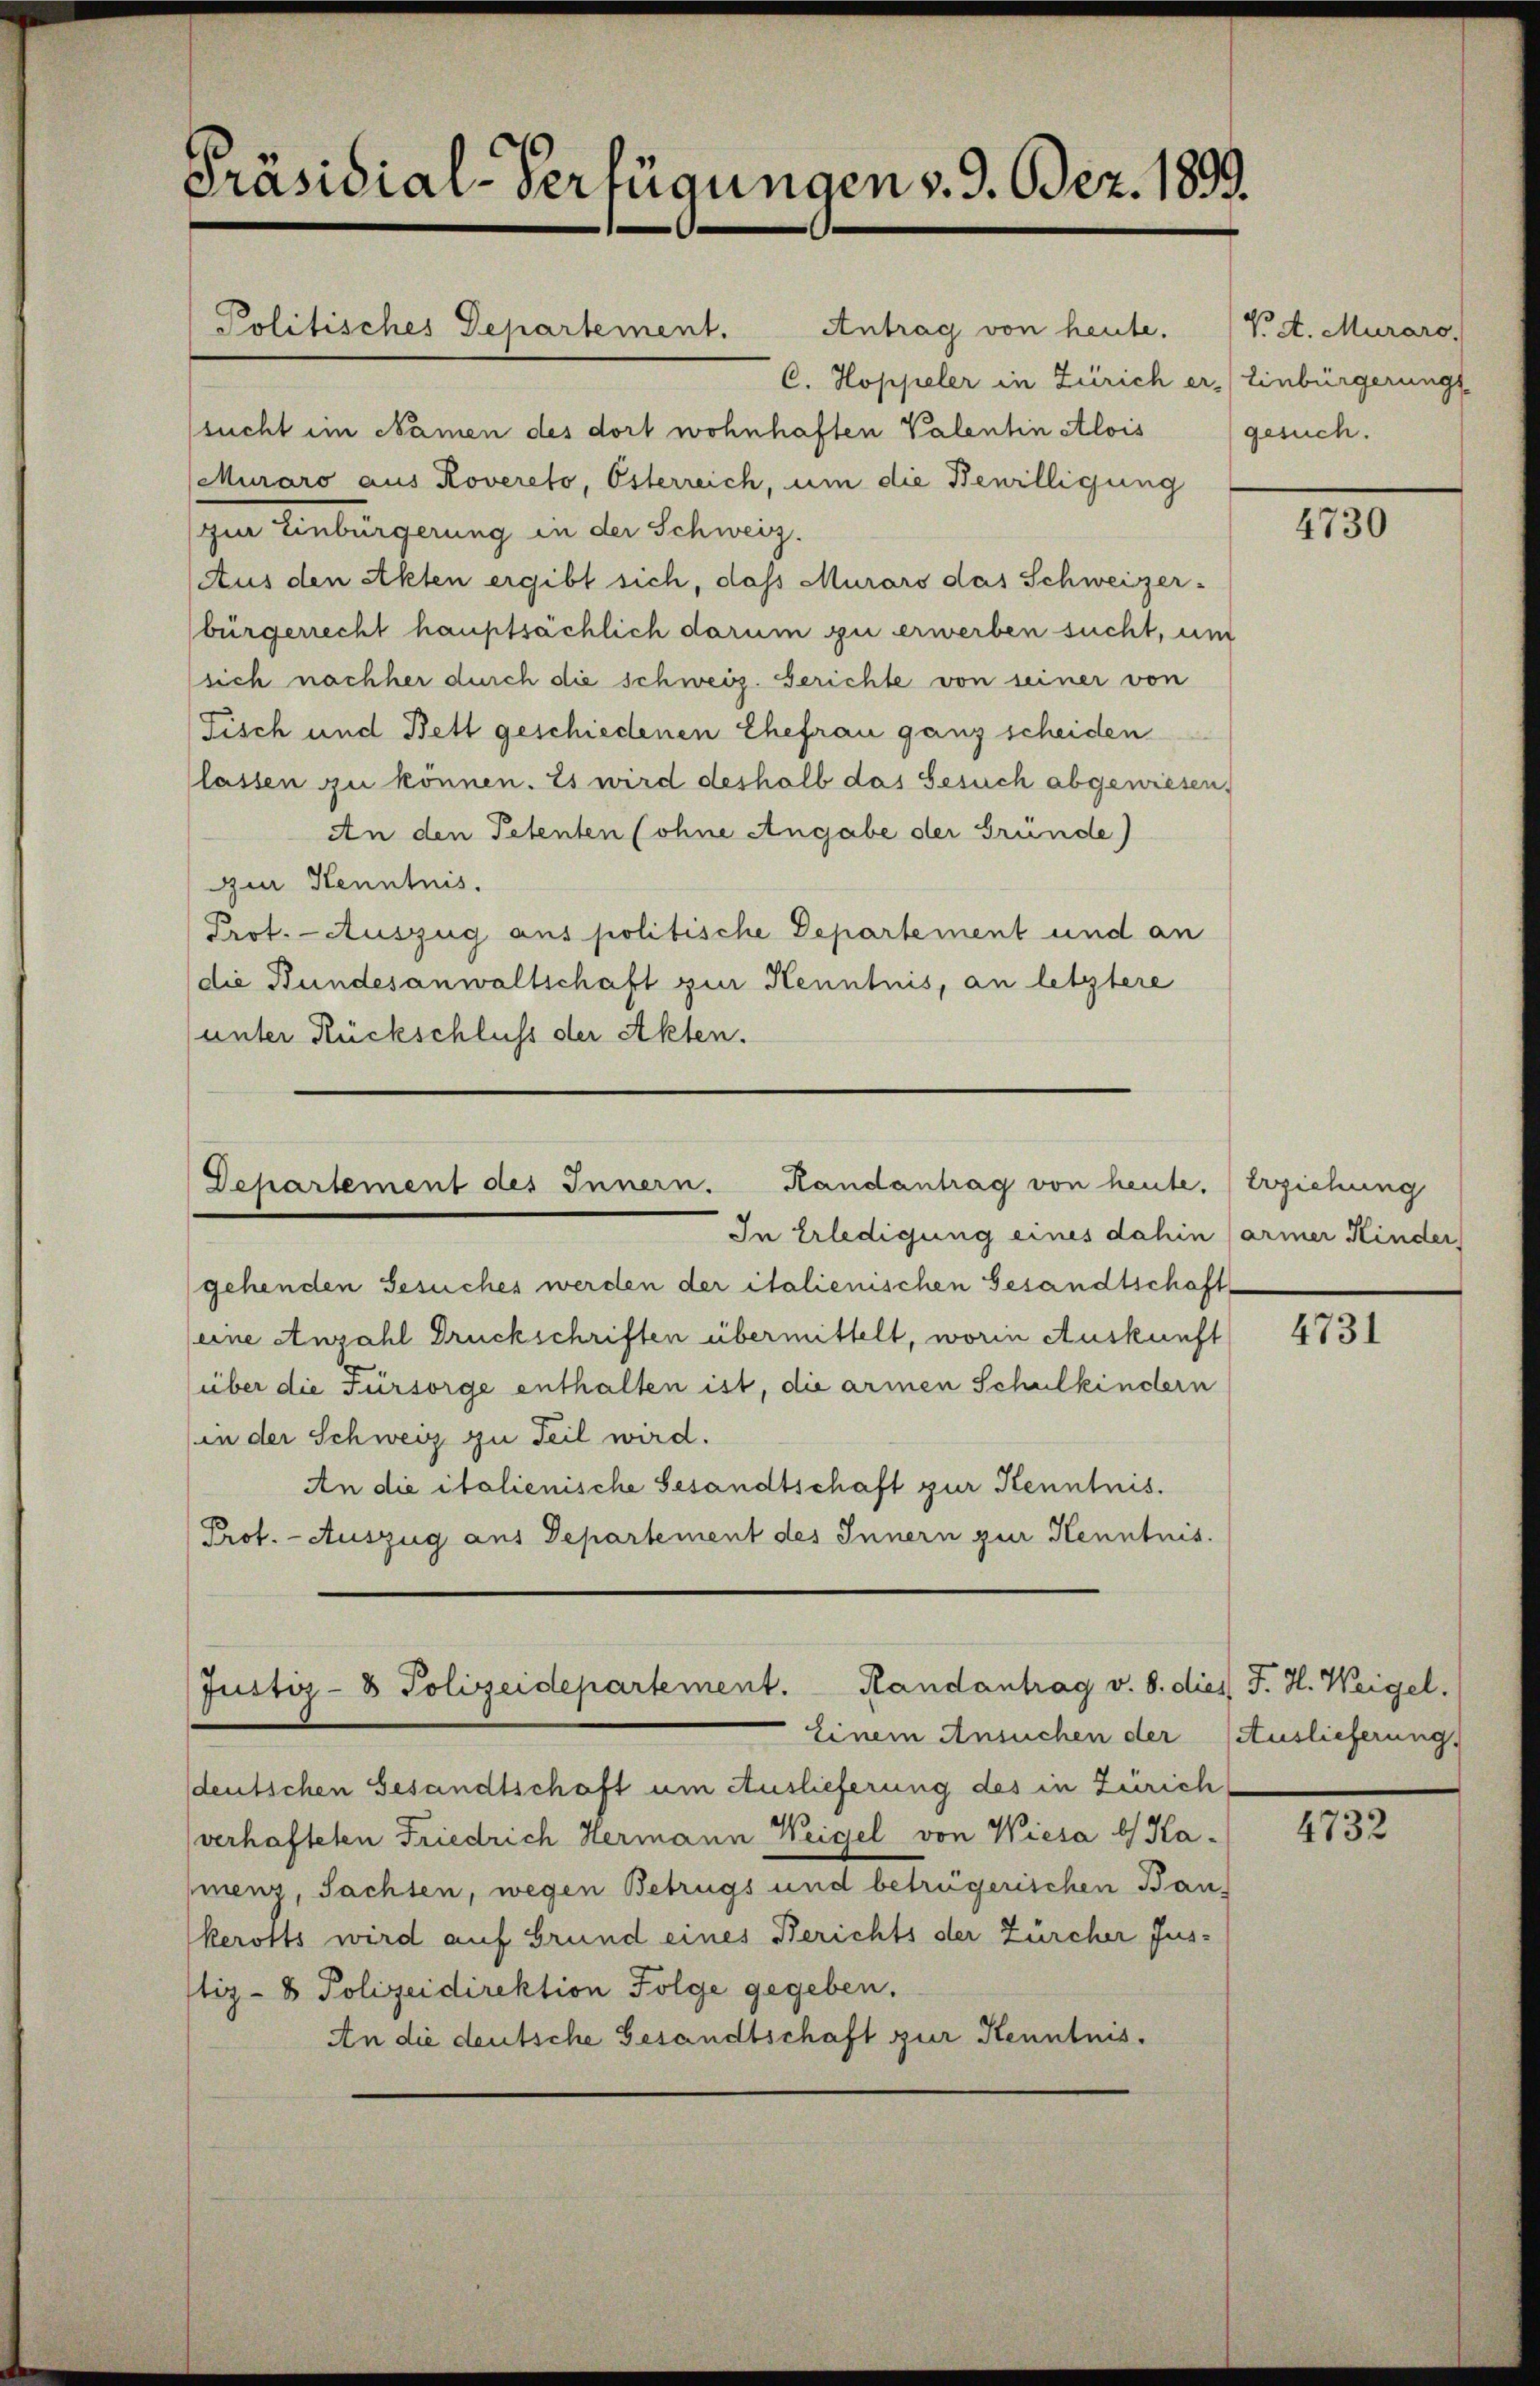
Präsidial-Verfügungen v. 9. Bez. 1899.

Antrag von heute.
C. Hoppeler in Zürich er- Einbürgerungs-
sucht im Namen des dort wohnhaften Valentin Alois (gesuch.
(Muraro aus Rovereto, Österreich, um die Bewilligung
zur Einbürgerung in der Schweiz.
(Aus den Akten ergibt sich, das Murars das Schweizer-
bürgerrecht hauptsächlich darum zu erwerben sucht, um
sich nachher durch die schweiz. Gerichte von seiner von
Fisch und Bett geschiedenen Ehefrau ganz scheiden
lassen zu können. Es wird deshalb das Gesuch abgewiesen,
An den Petenten (ohne Angabe der Gründe)
ur Kenntnis.
Prot. Auszug aus politische Departement und an
die Bundesanwaltschaft zur Kenntnis, an letztere
(unter Rückschluss der Akten.

Departement des Innern. Randantrag von heute. Erziehung

Politisches Departement.

Justiz- & Polizeidepartement. Randantrag v. 8. dies J. H. Weigel.

In Erledigung eines dahin (armer Kinder
gehenden Gesuches werden der italienischen Gesandtschaft
(eine Anzahl Druckschriften übermittelt, worin Auskunft
über die Fürsorge enthalten ist, die armen Schulkindern
in der Schweiz zu Teil wird.
An die italienische Gesandtschaft zur Kenntnis.
Prof. - Auszug aus Departement des Innern zur Kenntnis.

sdeutschen Gesandtschaft um Auslieferung des in Zürich
verhafteten Friedrich Hermann Weigel von Wiesa b Ka-
henz, Sachten, wegen Betrugs und betrügerischen Baukerotts wird auf Grund eines Berichts der Zürcher Jusstiz- & Polizeidirektion Folge gegeben.
An die deutsche Gesandtschaft zur Kenntnis.

Einem Ansuchen der (Auslieferung

V. d. Muraro.

4730

4731

4732